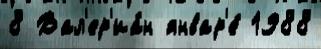
8 Вал'ер'иа́н январ'е́ 1988